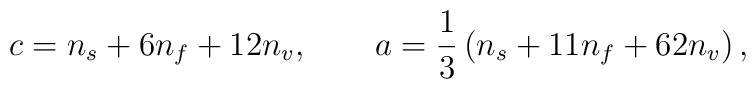
c=n_{s}+6n_{f}+12n_{v},\qquad a=\frac{1}{3}\left(n_{s}+11n_{f}+62n_{v}\right) ,